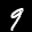
Label: 9